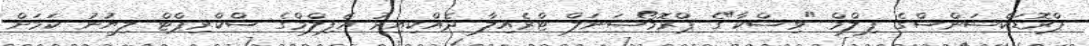
ޕްރޮޑަކްޝަންސްގެ ފިލްމް "ވިޝްކާ"ގެ ޕްރޮމޯޝަނަލް ޓްރެއިލާ ދެއްކިއިރު އެފިލްމްގެ ސްކްރިޕްޓް ލިޔުނު ކަމަށް